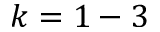
k = 1 - 3